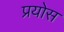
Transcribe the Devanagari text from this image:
प्रयोस